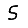
Digit: 5